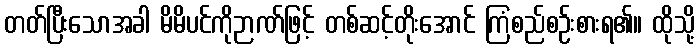
တတ်ပြီးသောအခါ မိမိပင်ကိုဉာဏ်ဖြင့် တစ်ဆင့်တိုးအောင် ကြံစည်စဉ်းစားရ၏။ ထိုသို့